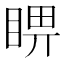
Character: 睤